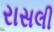
રાસલી